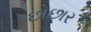
છોછાર